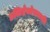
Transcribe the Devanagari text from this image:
उत्तिष्ठँस्त्रेताभवति